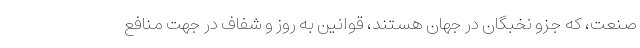
صنعت، که جزو نخبگان در جهان هستند، قوانین به روز و شفاف در جهت منافع